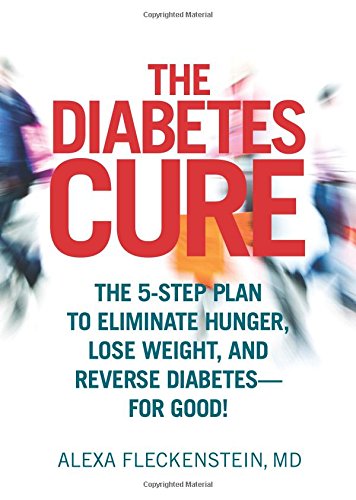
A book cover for The Diabetes Cure: The 5-Step Plan to Eliminate Hunger, Lose Weight, and Reverse Diabetes--for Good!; Alexa Fleckenstein; Health, Fitness & Dieting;